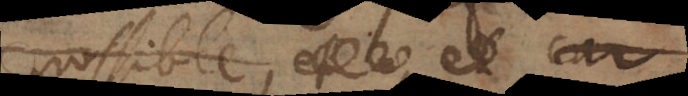
possible, et car